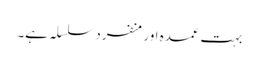
بہت عمدہ اورمنفرد سلسلہ ہے۔